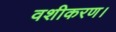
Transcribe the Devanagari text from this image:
वशीकरण।